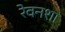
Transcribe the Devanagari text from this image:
रेवनशा